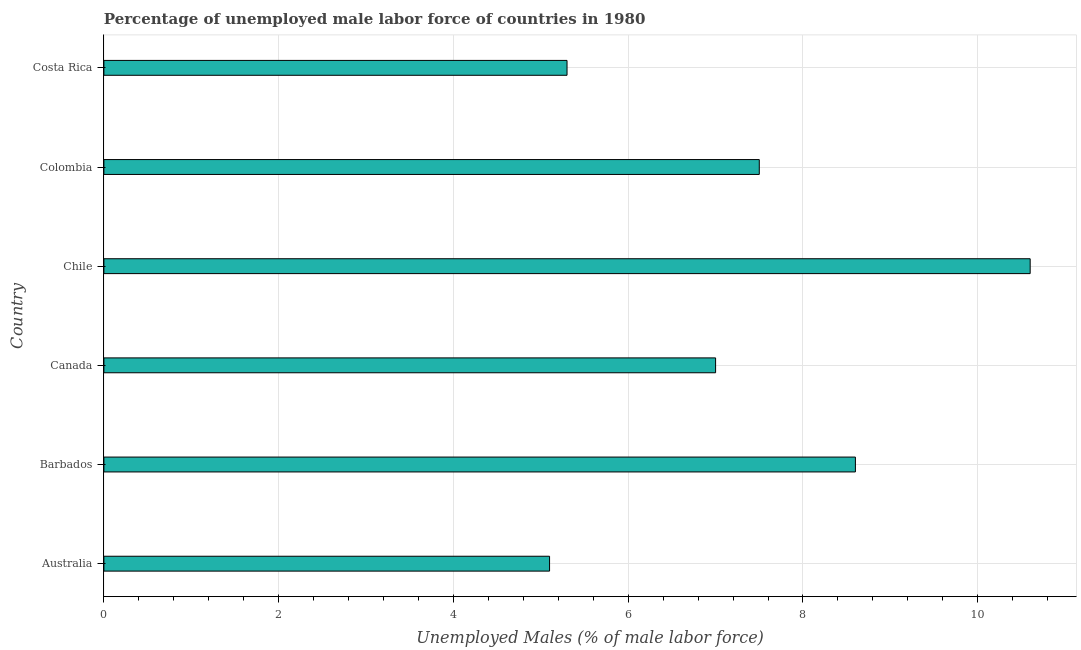
| Country | Unemployment male |
 | --- | --- |
 | Australia | 5.1 |
 | Barbados | 8.6 |
 | Canada | 7 |
 | Chile | 10.6 |
 | Colombia | 7.5 |
 | Costa Rica | 5.3 |